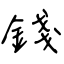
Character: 錢